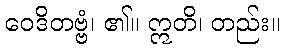
ဝေဒိတဗ္ဗံ၊ ၏။ ဣတိ၊ တည်း။